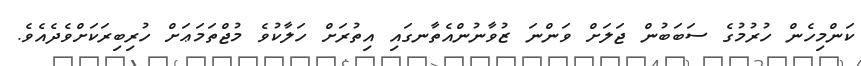
ކަންމިހެން ހުރުމުގެ ސަބަބުން ޖަލަށް ވަންނަ ޒުވާނުންއެތާނގައި އިތުރަށް ހަލާކުވެ މުޖްތަމަޢަށް ހުރިބިރަކަށްވެދެއެވެ.